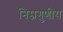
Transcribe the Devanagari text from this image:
निम्नगुणीय